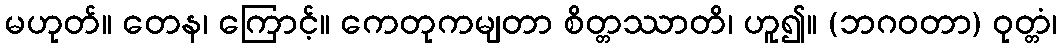
မဟုတ်။ တေန၊ ကြောင့်။ ကေတုကမျတာ စိတ္တဿာတိ၊ ဟူ၍။ (ဘဂဝတာ) ဝုတ္တံ၊